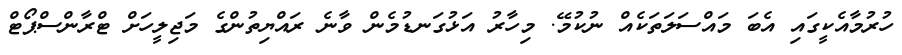
ހުރުމާއެކީގައި އެބަ މައްސަލަތަކެއް ނުކުމޭ. މިހާރު އަޅުގަނޑުމެން ވާނެ ރައްޔިތުންގެ މަޖިލީހަށް ޓްރާންސްޕޯޓް